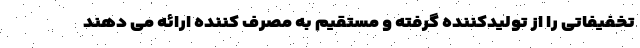
تخفیفاتی را از تولیدکننده گرفته و مستقیم به مصرف کننده ارائه می دهند